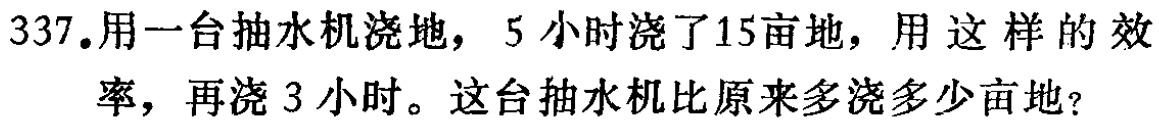
337.用一台抽水机浇地，5小时浇了15亩地，用这样的效率，再浇3小时。这台抽水机比原来多浇多少亩地？